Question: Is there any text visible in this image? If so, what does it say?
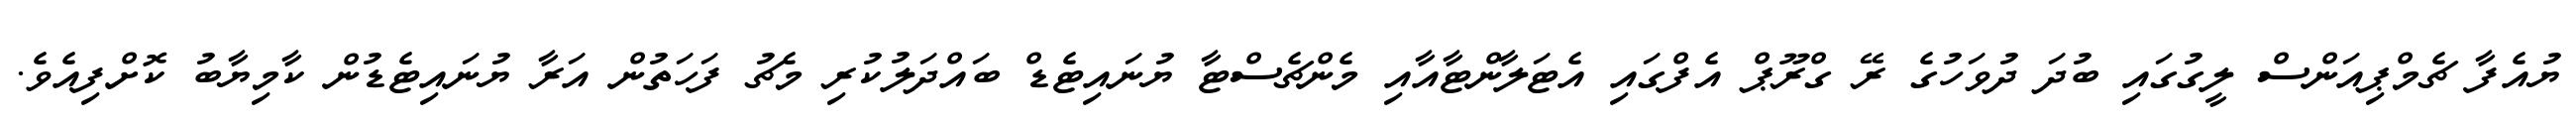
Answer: ޔުއެފާ ޗެމްޕިއަންސް ލީގުގައި ބުދަ ދުވަހުގެ ރޭ ގްރޫޕް އެފްގައި އެޓަލާންޓާއާއި މެންޗެސްޓާ ޔުނައިޓެޑް ބައްދަލުކުރި މެޗު ފަހަތުން އަރާ ޔުނައިޓެޑުން ކާމިޔާބު ކޮށްފިއެވެ.